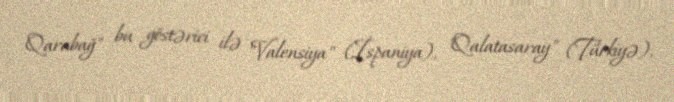
Qarabağ" bu göstərici ilə "Valensiya" (İspaniya), "Qalatasaray" (Türkiyə),